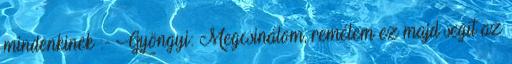
mindenkinek :- Gyöngyi: Megcsinálom, remélem ez majd segít az